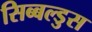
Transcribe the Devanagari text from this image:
सिब्बल्डुस